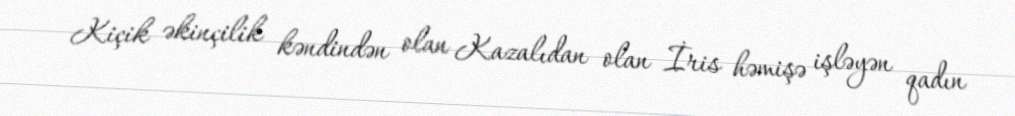
Kiçik əkinçilik kəndindən olan Kazalıdan olan İris həmişə işləyən qadın